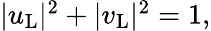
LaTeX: \begin{array}{r}{|u_{\mathrm{L}}|^{2}+|v_{\mathrm{L}}|^{2}=1,}\end{array}